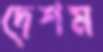
দেশম